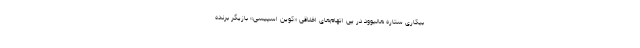
بیکاری ستاره هالیوود در پی اتهام‌های اخلاقی «کوین اسپیسی» بازیگر برنده